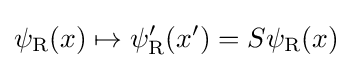
\psi _{\rm {R}}(x)\mapsto \psi _{\rm {R}}^{\prime }(x^{\prime })=S\psi _{\rm {R}}(x)